Newspaper: Memphis daily appeal. [volume]
Place of publication: Memphis, Tenn.
Publisher: S.T. Seawell & W.N. Stanton
Date: 1880-04-18 00:00:00
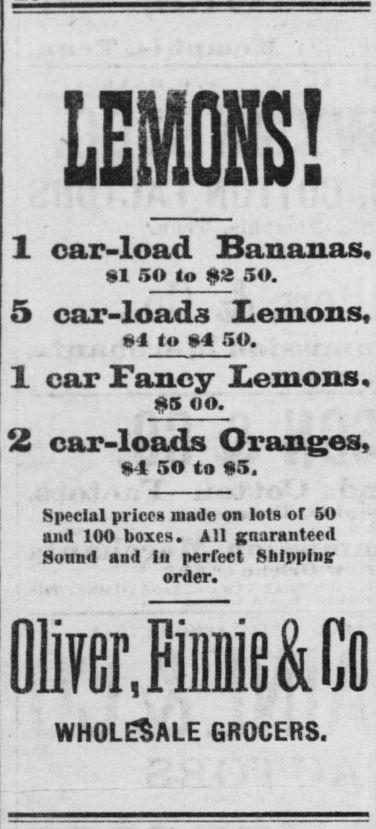
Advertisement text (OCR):
1 car-load Bananas, si SO to $2 so. 5 car-loads lemons, 1 to 4 SO. 1 car Fancy Lemons, ft5 JO. 2 car-loads Oranges, Sl 50 to $5. Special prices made on lots or 50 and 100 boxes. All guaranteed Sound and In perfect Shipping; order. in I X A XX JLJ.AU Vi "J I WHOLESALE GROCERS. LIB DfeFiMCo
Label: text-only